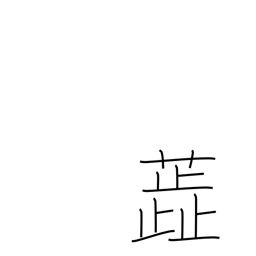
Meaning: stamen